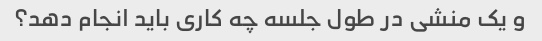
و یک منشی در طول جلسه چه کاری باید انجام دهد؟